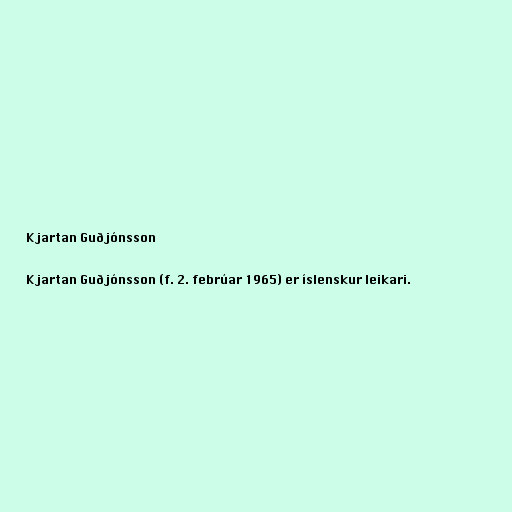
Kjartan Guðjónsson

Kjartan Guðjónsson (f. 2. febrúar 1965) er íslenskur leikari.